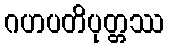
ဂဟပတိပုတ္တဿ